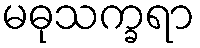
မဓုသက္ခရာ